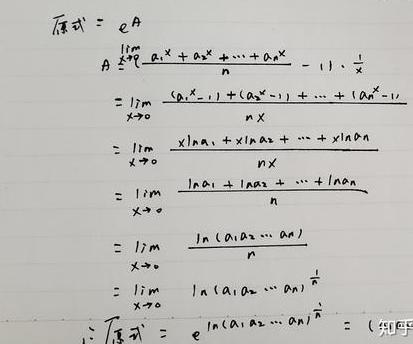
原式\(&=e^A\)\\
\(A&=\lim_{x\to0}\left(\frac{a_1^x + a_2^x+\cdots + a_n^x}{n}-1\right)\cdot\frac{1}{x}\)\\
\(&=\lim_{x\to0}\frac{(a_1^x - 1)+(a_2^x - 1)+\cdots+(a_n^x - 1)}{nx}\)\\
\(&=\lim_{x\to0}\frac{x\ln a_1 + x\ln a_2+\cdots + x\ln a_n}{nx}\)\\
\(&=\lim_{x\to0}\frac{\ln a_1+\ln a_2+\cdots+\ln a_n}{n}\)\\
\(&=\lim_{x\to0}\frac{\ln(a_1a_2\cdots a_n)}{n}\)\\
\(&=\lim_{x\to0}\ln(a_1a_2\cdots a_n)^{\frac{1}{n}}\)\\
\(\therefore\)原式\(&=e^{\ln(a_1a_2\cdots a_n)^{\frac{1}{n}}}=(a_1a_2\cdots a_n)^{\frac{1}{n}}\)